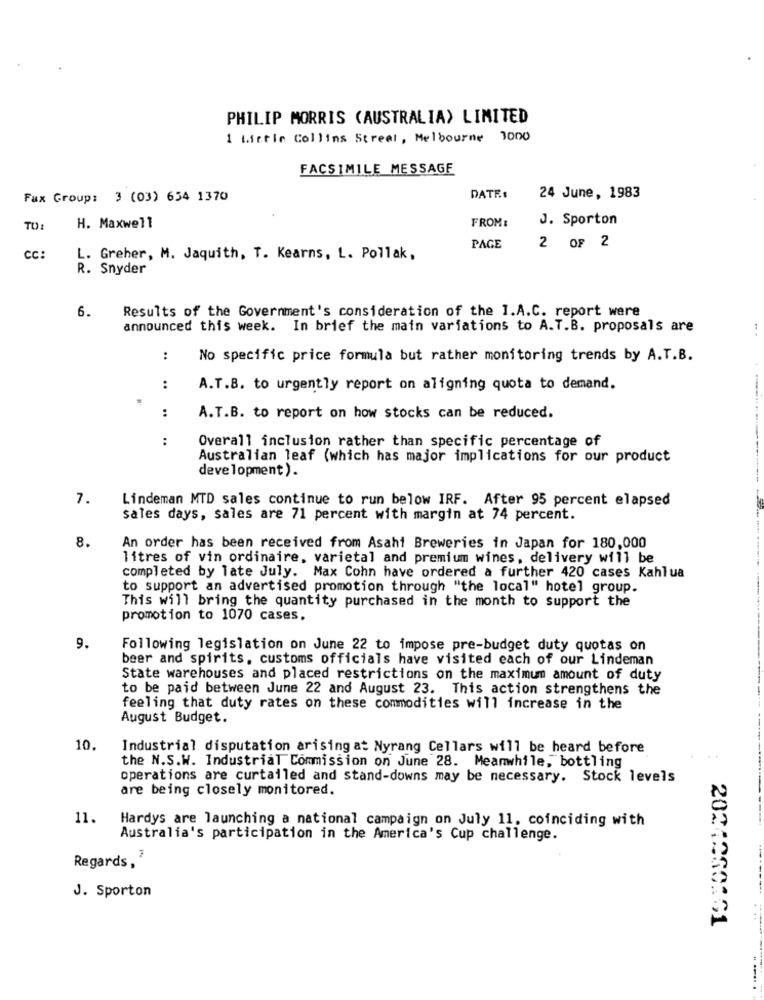
PHILIP MORRIS (AUSTRALIA) LIMITED
1 Lictie Collins Street, Melbourne 1000
FACSIMILE MESSAGE
Fax Group: 3 (03) 654 1370
DATE:
24 June, 1983
J. Sporton
TO:
H. Maxwell
FROM :
PAGE
2 OF 2
CC:
L. Greher, M. Jaquith, T. Kearns, L. Pollak,
R. Snyder
6.
Results of the Government's consideration of the I.A.C. report were
announced this week. In brief the main variations to A.T.B. proposals are
:
No specific price formula but rather monitoring trends by A.T.B.
:
A.T.B. to urgently report on aligning quota to demand.
:
A.T.B. to report on how stocks can be reduced.
:
Overall inclusion rather than specific percentage of
Australian leaf (which has major implications for our product
development ).
7.
Lindeman MTD sales continue to run below IRF. After 95 percent elapsed
sales days, sales are 71 percent with margin at 74 percent.
8.
An order has been received from Asahi Breweries in Japan for 180,000
litres of vin ordinaire, varietal and premium wines, delivery will be
completed by late July. Max Cohn have ordered a further 420 cases Kahlua
to support an advertised promotion through "the local" hotel group.
This will bring the quantity purchased in the month to support the
promotion to 1070 cases.
9.
Following legislation on June 22 to impose pre-budget duty quotas on
beer and spirits, customs officials have visited each of our Lindeman
State warehouses and placed restrictions on the maximum amount of duty
to be paid between June 22 and August 23. This action strengthens the
feeling that duty rates on these commodities will increase in the
August Budget.
10.
Industrial disputation arising at Nyrang Cellars will be heard before
the N.S.W. IndustriaT Commission on June 28. Meanwhile, bottling
operations are curtailed and stand-downs may be necessary. Stock levels
are being closely monitored.
11.
Hardys are launching a national campaign on July 11. coinciding with
Australia's participation in the America's Cup challenge.
Regards,
J. Sporton
2021260151